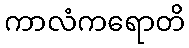
ကာလံကရောတိ